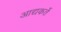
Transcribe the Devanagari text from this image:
आद्यकर्ते